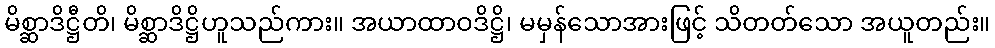
မိစ္ဆာဒိဋ္ဌီတိ၊ မိစ္ဆာဒိဋ္ဌိဟူသည်ကား။ အယာထာဝဒိဋ္ဌိ၊ မမှန်သောအားဖြင့် သိတတ်သော အယူတည်း။